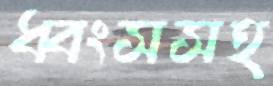
ধ্বংসসহ